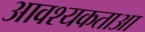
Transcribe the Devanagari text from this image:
आवश्यकताआ